system: You are a helpful assistant.
user:
Analyze the provided spectrum to determine if it is a **"Cataclysmic Variables (CV)"**.

- **Key Indicators for CV (Check for either state):**
    - **State 1: Quiescent / Low-State (Emission-Dominated)**
        - **(Primary):** Strong and *very broad* Hydrogen Balmer emission lines (e.g., $H\alpha$ at 6563 Å, $H\beta$ at 4861 Å). The 'broadness' (high velocity dispersion, often FWHM > 1000 km/s) is the key diagnostic, indicating a high-velocity accretion disk.
        - **(Secondary):** Broad neutral Helium (He I) emission lines (e.g., 5876 Å, 6678 Å).
        - **(Key Confirmation):** Presence of high-excitation *ionized* Helium (He II) emission at 4686 Å. This is a strong indicator of accretion onto a white dwarf.
        - **(Line Profile):** Emission lines may exhibit a 'double-peaked' profile, which is a classic signature of a rotating accretion disk viewed at high inclination.

    - **State 2: Outburst / High-State (Absorption-Dominated)**
        - **(Primary):** Spectrum is dominated by a bright, blue continuum (looks like a hot star).
        - **(Secondary):** The emission lines from State 1 are weak, absent, or 'filled in', and are replaced by broad, shallow *absorption* lines (primarily Balmer and He I).
        - **(Morphology):** The overall spectrum mimics a hot B/A-type star. The crucial difference is that the absorption lines are significantly broader, shallower, and more 'washed-out' (or 'smeared') than the sharp lines of a normal stellar photosphere, due to high rotational speeds and pressure broadening in the disk.

Think first, call **spectral_visualization_tool** if needed to examine features in detail, then provide your final answer. Your response must adhere to the following strict rules:
1.  **Overall Structure:** Your response must follow the format `<think>...</think> <tool_call>...</tool_call> (if a tool is used) <answer>...</answer>`.
2.  **Tool Usage Constraint:** You may only make **one** tool call per turn.
3.  **Final Answer Format:** In the `<answer>` tag, your conclusion must be inside a `\boxed{}` command (e.g., `\boxed{YES}`), followed by your justification.

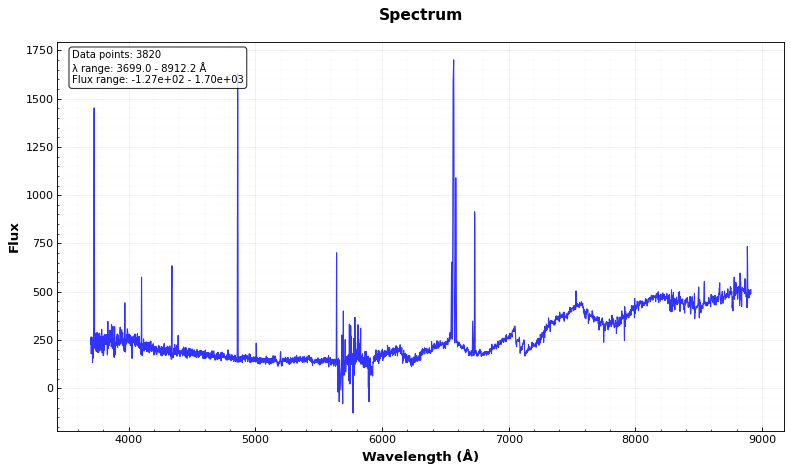
Answer: NO